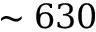
\sim 6 3 0